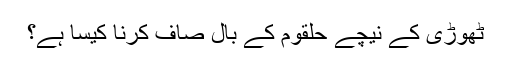
ٹھوڑی کے نیچے حلقوم کے بال صاف کرنا کیسا ہے؟